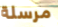
مرسلة